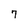
Character: 7